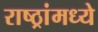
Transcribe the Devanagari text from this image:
राष्ठ्रांमध्ये